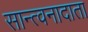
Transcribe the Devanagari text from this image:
सान्त्वनादाता